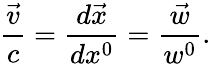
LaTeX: \frac{\vec{v}}{c}=\frac{d\vec{x}}{dx^{0}}=\frac{\vec{w}}{w^{0}}.